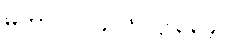
မဟာ-ပါ-၄၀၆၊ ဋ္ဌ-၃၃၄။